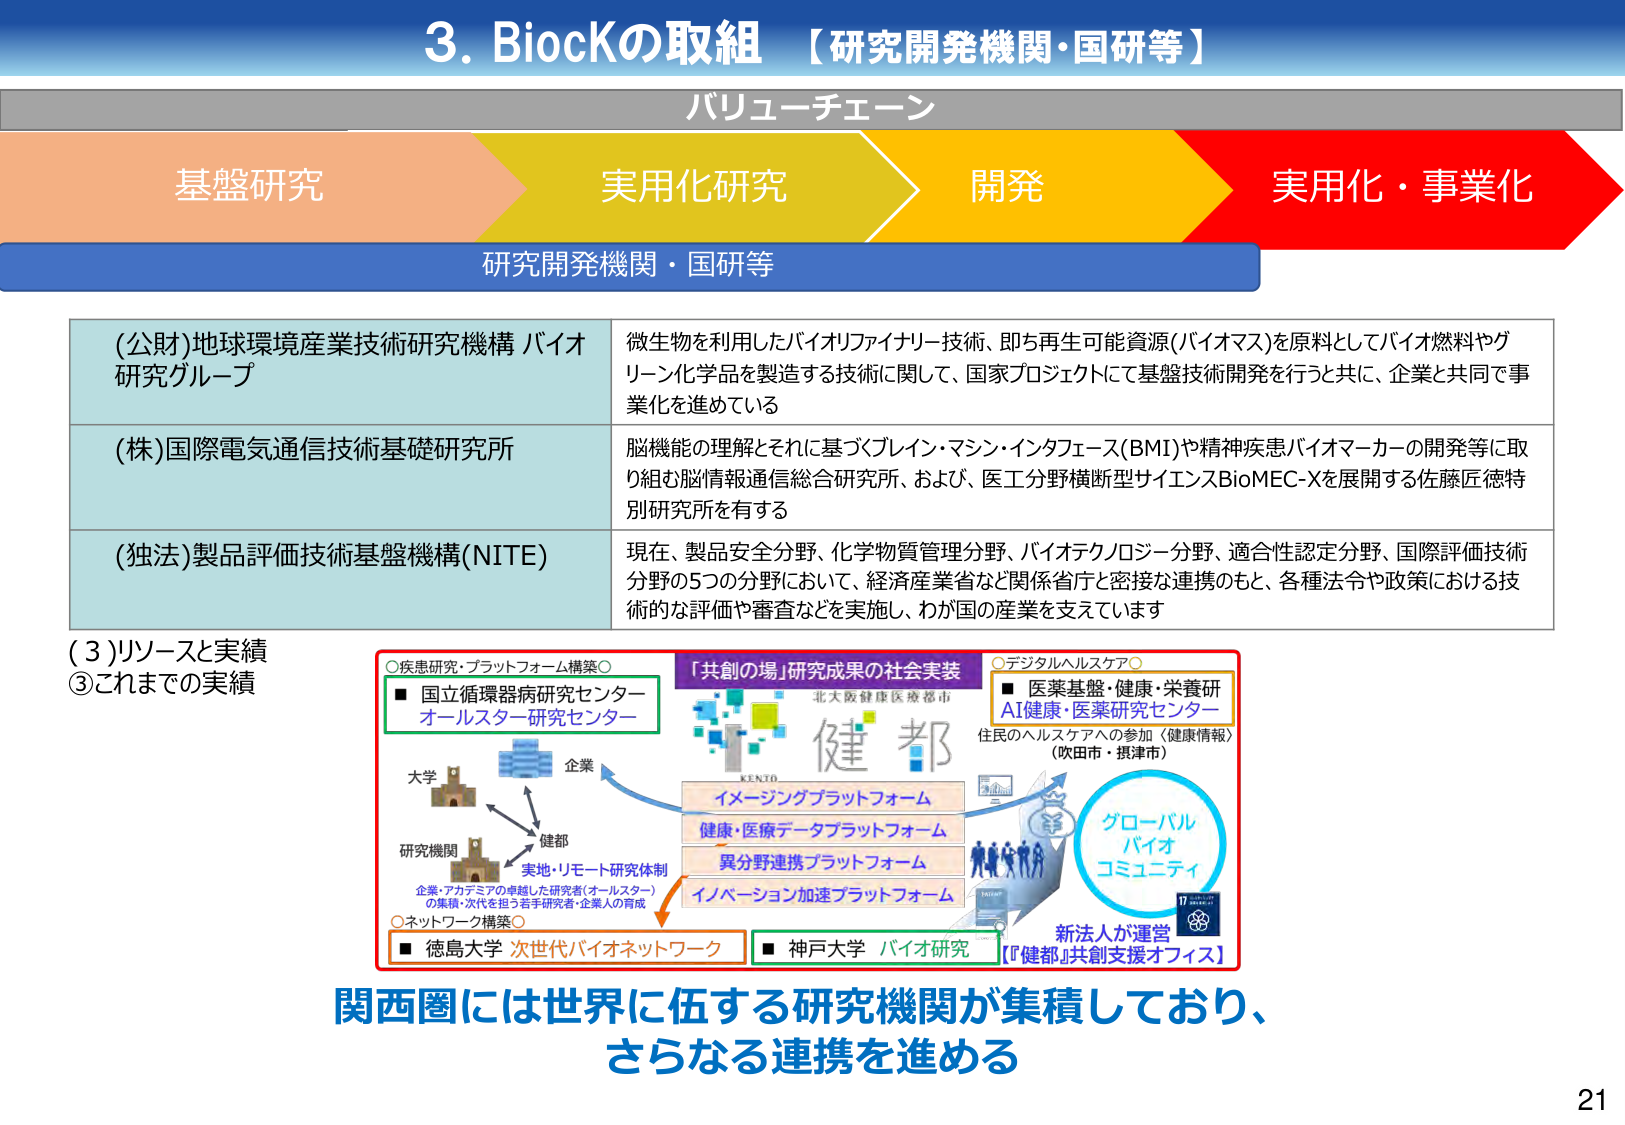
3. BiocKの取組 【研究開発機関・国研等】

バリューチェーン

基盤研究　　実用化研究　　開発　　実用化・事業化

研究開発機関・国研等

(公財)地球環境産業技術研究機構 バイオ研究グループ
微生物を利用したバイオリファイナリー技術、即ち再生可能資源(バイオマス)を原料としてバイオ燃料やグリーン化学品を製造する技術に関して、国家プロジェクトにて基盤技術開発を行うと共に、企業と共同で事業化を進めている

(株)国際電気通信技術基礎研究所
脳機能の理解とそれに基づくブレイン・マシン・インタフェース(BMI)や精神疾患バイオマーカーの開発等に取り組む脳情報通信総合研究所、および、医工分野横断型サイエンスBioMEC-Xを展開する佐藤匠徳特別研究所を有する

(独法)製品評価技術基盤機構(NITE)
現在、製品安全分野、化学物質管理分野、バイオテクノロジー分野、適合性認定分野、国際評価技術分野の5つの分野において、経済産業省など関係省庁と密接な連携のもと、各種法令や政策における技術的な評価や審査などを実施し、わが国の産業を支えています

(3)リソースと実績
③これまでの実績

○疾患研究・プラットフォーム構築○
■ 国立循環器病研究センター
オールスター研究センター

○デジタルヘルスケア○
■ 医薬基盤・健康・栄養研
AI健康・医薬研究センター
住民のヘルスケアへの参加〈健康情報〉
(吹田市・摂津市)

「共創の場」研究成果の社会実装
北大阪健康医療都市
健都
KENTO

イメージングプラットフォーム
健康・医療データプラットフォーム
異分野連携プラットフォーム
イノベーション加速プラットフォーム

大学
企業
研究機関
健都
実地・リモート研究体制
企業・アカデミアの卓越した研究者(オールスター)
の集積・次代を担う若手研究者・企業人の育成

○ネットワーク構築○
■ 徳島大学 次世代バイオネットワーク
■ 神戸大学 バイオ研究
【『健都』共創支援オフィス】

グローバル
バイオ
コミュニティ

新法人が運営

関西圏には世界に伍する研究機関が集積しており、
さらなる連携を進める

21